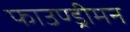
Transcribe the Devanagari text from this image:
फाउण्ड्रीमन